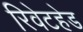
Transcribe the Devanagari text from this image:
रिवेटहेड